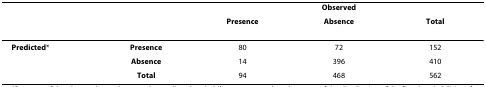
<table><thead><tr><td>[EMPTY_CELL]</td><td>[EMPTY_CELL]</td><td colspan="3"><b>Observed</b></td></tr><tr><td>[EMPTY_CELL]</td><td>[EMPTY_CELL]</td><td><b>Presence</b></td><td><b>Absence</b></td><td><b>Total</b></td></tr></thead><tbody><tr><td><b>Predicted</b>*</td><td><b>Presence</b></td><td>80</td><td>72</td><td>152</td></tr><tr><td>[EMPTY_CELL]</td><td><b>Absence</b></td><td>14</td><td>396</td><td>410</td></tr><tr><td>[EMPTY_CELL]</td><td><b>Total</b></td><td>94</td><td>468</td><td>562</td></tr></tbody></table>